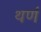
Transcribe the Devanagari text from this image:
थर्ण